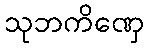
သုဘကိဏှေ